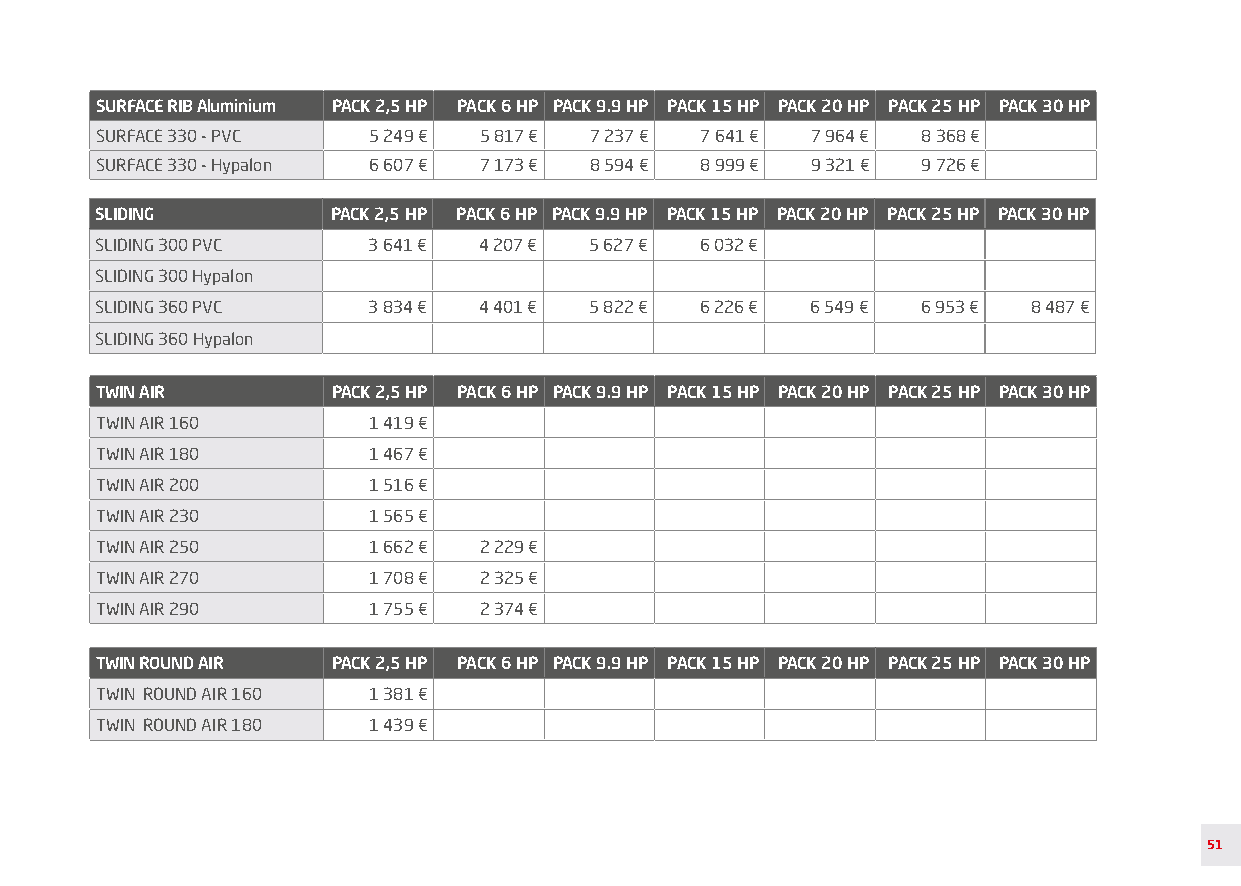
SURFACE RIB Aluminium PACK 2,5 HP PACK 6 HP PACK 9.9 HP PACK 15 HP PACK 20 HP PACK 25 HP PACK 30 HP
 SURFACE 330 - PVC 5 249 € 5 817 € 7 237 € 7 641 € 7 964 € 8 368 €
 SURFACE 330 - Hypalon 6 607 € 7 173 € 8 594 € 8 999 € 9 321 € 9 726 €
 SLIDING         PACK 2,5 HP PACK 6 HP PACK 9.9 HP PACK 15 HP PACK 20 HP PACK 25 HP PACK 30 HP
 SLIDING 300 PVC   3 641 € 4 207 € 5 627 € 6 032 €
 SLIDING 300 Hypalon
 SLIDING 360 PVC   3 834 € 4 401 € 5 822 € 6 226 € 6 549 € 6 953 € 8 487 €
 SLIDING 360 Hypalon
 TWIN AIR        PACK 2,5 HP PACK 6 HP PACK 9.9 HP PACK 15 HP PACK 20 HP PACK 25 HP PACK 30 HP
 TWIN AIR 160      1 419 €
 TWIN AIR 180      1 467 €
 TWIN AIR 200      1 516 €
 TWIN AIR 230      1 565 €
 TWIN AIR 250      1 662 € 2 229 €
 TWIN AIR 270      1 708 € 2 325 €
 TWIN AIR 290      1 755 € 2 374 €
 TWIN ROUND AIR  PACK 2,5 HP PACK 6 HP PACK 9.9 HP PACK 15 HP PACK 20 HP PACK 25 HP PACK 30 HP
 TWIN ROUND AIR 160 1 381 €
 TWIN ROUND AIR 180 1 439 €
 51